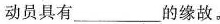
动员具有___的缘故。